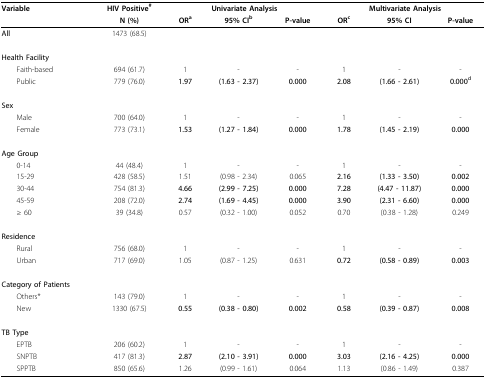
<table><thead><tr><td><b>Variable</b></td><td><b>HIV Positive<sup>#</sup></b></td><td colspan="3"><b>Univariate Analysis</b></td><td colspan="3"><b>Multivariate Analysis</b></td></tr><tr><td></td><td><b>N (%)</b></td><td><b>OR<sup>a</sup></b></td><td><b>95% CI<sup>b</sup></b></td><td><b>P-value</b></td><td><b>OR<sup>c</sup></b></td><td><b>95% CI</b></td><td><b>P-value</b></td></tr></thead><tbody><tr><td><b>All</b></td><td>1473 (68.5)</td><td></td><td></td><td></td><td></td><td></td><td></td></tr><tr><td><b>Health Facility</b></td><td></td><td></td><td></td><td></td><td></td><td></td><td></td></tr><tr><td> Faith-based</td><td>694 (61.7)</td><td>1</td><td>-</td><td>-</td><td>1</td><td>-</td><td>-</td></tr><tr><td> Public</td><td>779 (76.0)</td><td><b>1.97</b></td><td><b>(1.63 - 2.37)</b></td><td><b>0.000</b></td><td><b>2.08</b></td><td><b>(1.66 - 2.61)</b></td><td><b>0.000<sup>d</sup></b></td></tr><tr><td><b>Sex</b></td><td></td><td></td><td></td><td></td><td></td><td></td><td></td></tr><tr><td> Male</td><td>700 (64.0)</td><td>1</td><td>-</td><td>-</td><td>1</td><td>-</td><td>-</td></tr><tr><td> Female</td><td>773 (73.1)</td><td><b>1.53</b></td><td><b>(1.27 - 1.84)</b></td><td><b>0.000</b></td><td><b>1.78</b></td><td><b>(1.45 - 2.19)</b></td><td><b>0.000</b></td></tr><tr><td><b>Age Group</b></td><td></td><td></td><td></td><td></td><td></td><td></td><td></td></tr><tr><td> 0-14</td><td>44 (48.4)</td><td>1</td><td>-</td><td>-</td><td>1</td><td>-</td><td>-</td></tr><tr><td> 15-29</td><td>428 (58.5)</td><td>1.51</td><td>(0.98 - 2.34)</td><td>0.065</td><td><b>2.16</b></td><td><b>(1.33 - 3.50)</b></td><td><b>0.002</b></td></tr><tr><td> 30-44</td><td>754 (81.3)</td><td><b>4.66</b></td><td><b>(2.99 - 7.25)</b></td><td><b>0.000</b></td><td><b>7.28</b></td><td><b>(4.47 - 11.87)</b></td><td><b>0.000</b></td></tr><tr><td> 45-59</td><td>208 (72.0)</td><td><b>2.74</b></td><td><b>(1.69 - 4.45)</b></td><td><b>0.000</b></td><td><b>3.90</b></td><td><b>(2.31 - 6.60)</b></td><td><b>0.000</b></td></tr><tr><td> ≥ 60</td><td>39 (34.8)</td><td>0.57</td><td>(0.32 - 1.00)</td><td>0.052</td><td>0.70</td><td>(0.38 - 1.28)</td><td>0.249</td></tr><tr><td><b>Residence</b></td><td></td><td></td><td></td><td></td><td></td><td></td><td></td></tr><tr><td> Rural</td><td>756 (68.0)</td><td>1</td><td>-</td><td>-</td><td>1</td><td>-</td><td>-</td></tr><tr><td> Urban</td><td>717 (69.0)</td><td>1.05</td><td>(0.87 - 1.25)</td><td>0.631</td><td><b>0.72</b></td><td><b>(0.58 - 0.89)</b></td><td><b>0.003</b></td></tr><tr><td><b>Category of Patients</b></td><td></td><td></td><td></td><td></td><td></td><td></td><td></td></tr><tr><td> Others*</td><td>143 (79.0)</td><td>1</td><td>-</td><td>-</td><td>1</td><td>-</td><td>-</td></tr><tr><td> New</td><td>1330 (67.5)</td><td><b>0.55</b></td><td><b>(0.38 - 0.80)</b></td><td><b>0.002</b></td><td><b>0.58</b></td><td><b>(0.39 - 0.87)</b></td><td><b>0.008</b></td></tr><tr><td><b>TB Type</b></td><td></td><td></td><td></td><td></td><td></td><td></td><td></td></tr><tr><td> EPTB</td><td>206 (60.2)</td><td>1</td><td>-</td><td>-</td><td>1</td><td>-</td><td>-</td></tr><tr><td> SNPTB</td><td>417 (81.3)</td><td><b>2.87</b></td><td><b>(2.10 - 3.91)</b></td><td><b>0.000</b></td><td><b>3.03</b></td><td><b>(2.16 - 4.25)</b></td><td><b>0.000</b></td></tr><tr><td> SPPTB</td><td>850 (65.6)</td><td>1.26</td><td>(0.99 - 1.61)</td><td>0.064</td><td>1.13</td><td>(0.86 - 1.49)</td><td>0.387</td></tr></tbody></table>